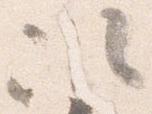
次